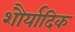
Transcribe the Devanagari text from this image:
शौर्यादिक